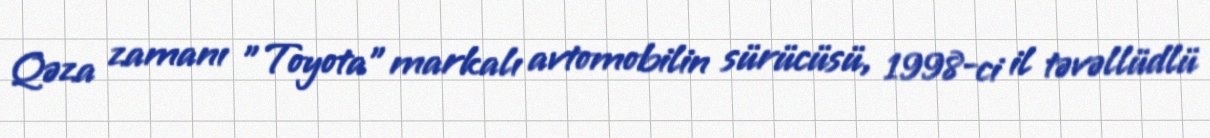
Qəza zamanı "Toyota" markalı avtomobilin sürücüsü, 1998-ci il təvəllüdlü